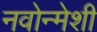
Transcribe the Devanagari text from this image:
नवोन्मेशी